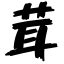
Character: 茸